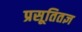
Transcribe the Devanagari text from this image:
प्रसूतितज्ञ